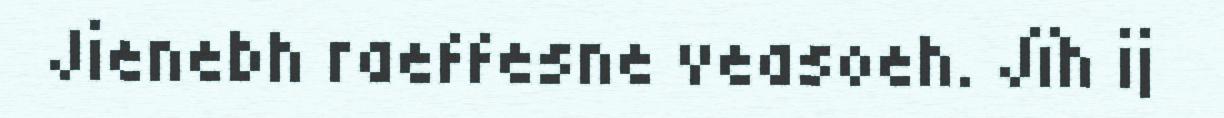
Jienebh raeffesne veasoeh. Jïh ij